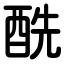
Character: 酰